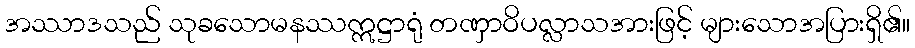
အဿာဒသည် သုခသောမနဿဣဋ္ဌာရုံ တဏှာဝိပလ္လာသအားဖြင့် များသောအပြားရှိ၏။